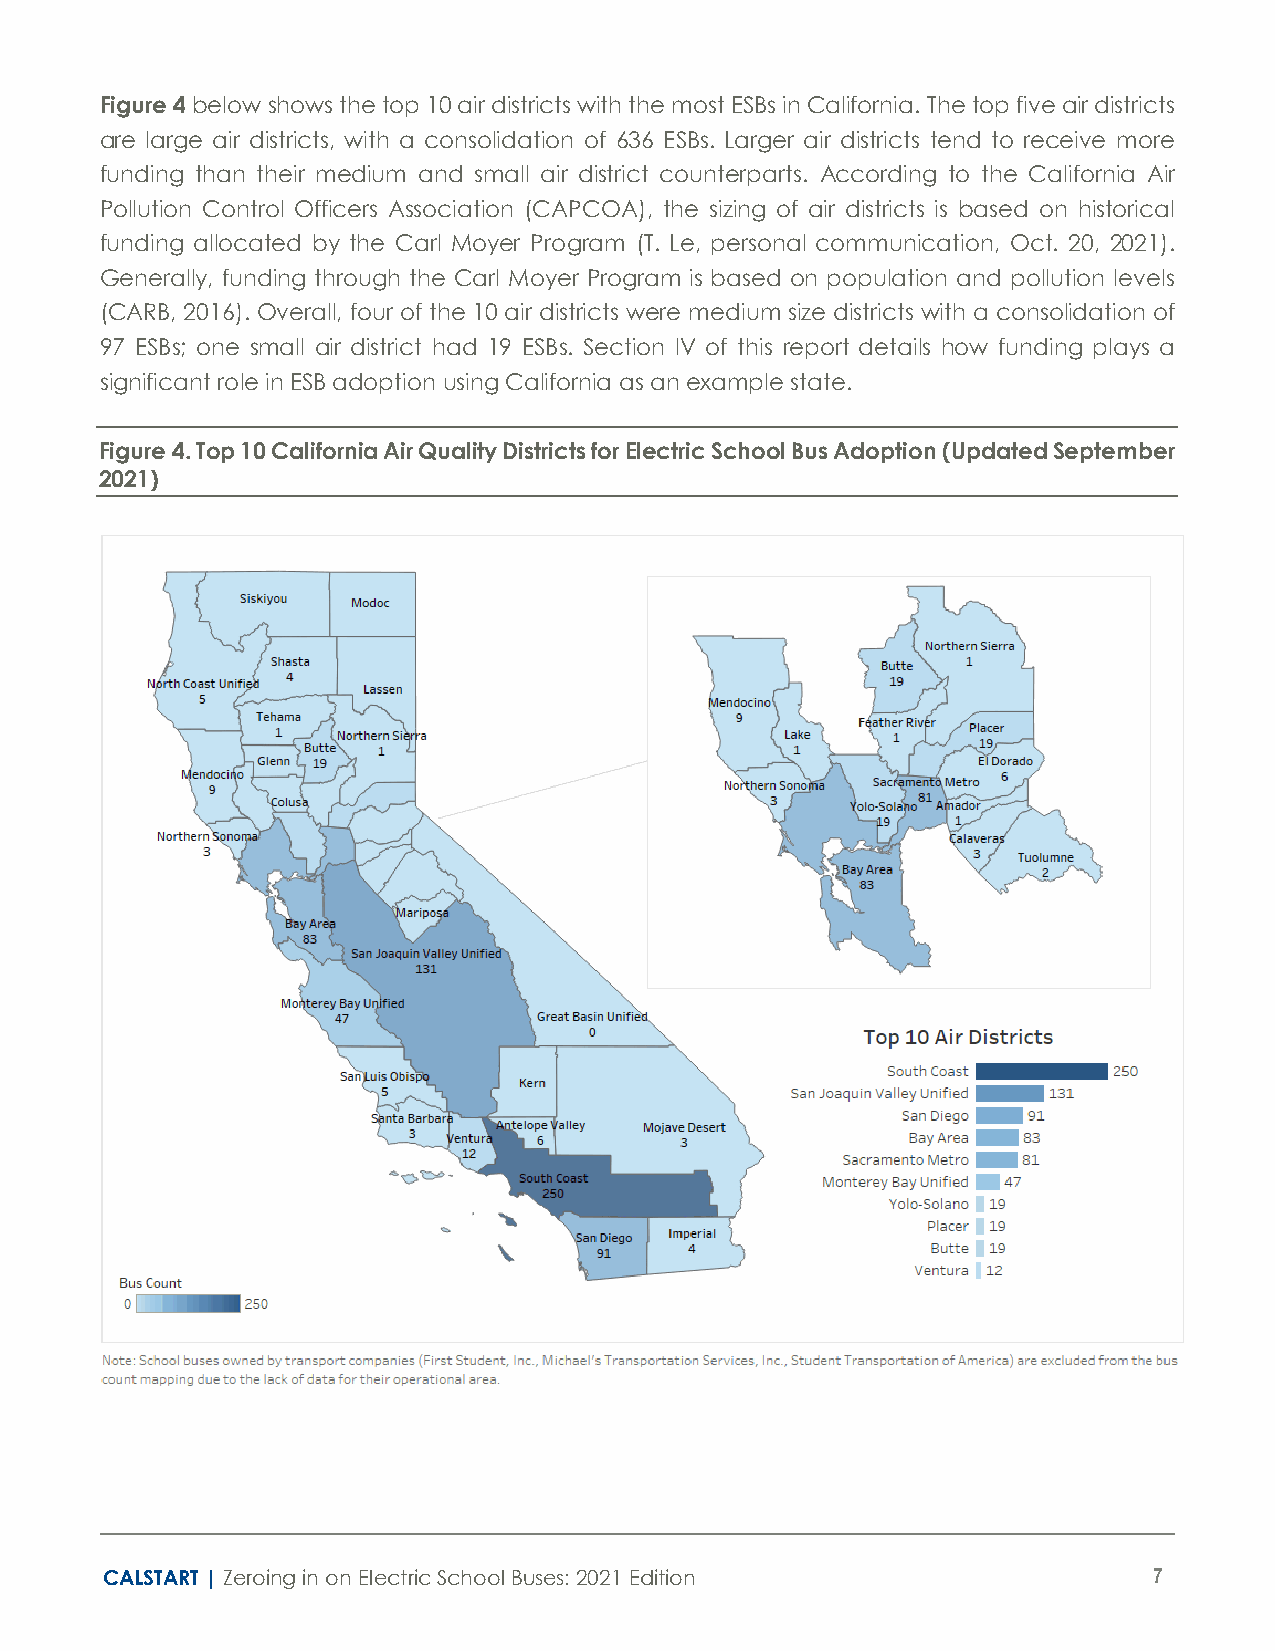
Figure 4 below shows the top 10 air districts with the most ESBs in California. The top five air districts
 are large air districts, with a consolidation of 636 ESBs. Larger air districts tend to receive more
 funding than their medium and small air district counterparts. According to the California Air
 Pollution Control Officers Association (CAPCOA), the sizing of air districts is based on historical
 funding allocated by the Carl Moyer Program (T. Le, personal communication, Oct. 20, 2021).
 Generally, funding through the Carl Moyer Program is based on population and pollution levels
 (CARB, 2016). Overall, four of the 10 air districts were medium size districts with a consolidation of
 97 ESBs; one small air district had 19 ESBs. Section IV of this report details how funding plays a
 significant role in ESB adoption using California as an example state.
 Figure 4. Top 10 California Air Quality Districts for Electric School Bus Adoption (Updated September
 2021)
 CALSTART | Zeroing in on Electric School Buses: 2021 Edition         7